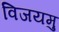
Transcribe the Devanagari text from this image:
विजयमु